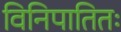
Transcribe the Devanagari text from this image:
विनिपातितः